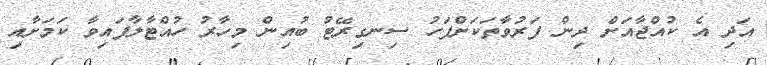
އަދި އެ ކުއްޖާއަށް ދިން ފަރުވާތަކަށްފަހު ސިނގިރޭޓު ބުއިން މިހާރު ހުއްޓާލާފައިވާ ކަމަށާއި